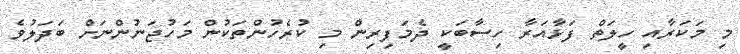
މި މަކަރާއި ހީލަތް ފަޅާއަރާ ހިސާބަކީ ދެމަފިރިން މި ކުރެހުންތަކުން މަހުޖަނުންނަށް ބަދަލުވެ